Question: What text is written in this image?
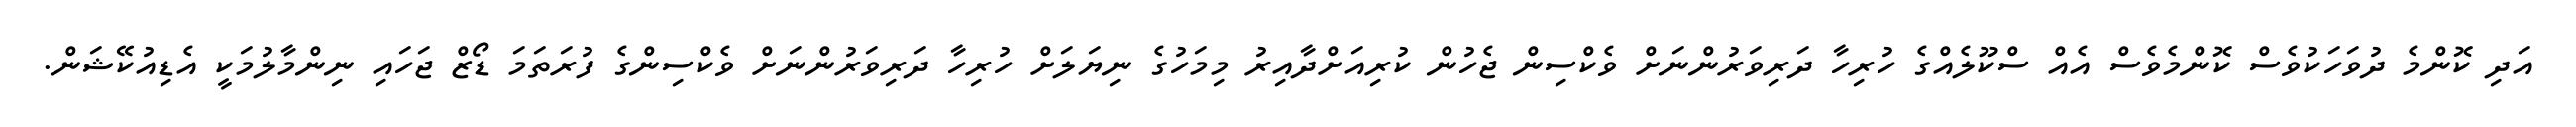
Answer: އަދި ކޮންމެ ދުވަހަކުވެސް ކޮންމެވެސް އެއް ސްކޫލެއްގެ ހުރިހާ ދަރިވަރުންނަށް ވެކްސިން ޖެހުން ކުރިއަށްދާއިރު މިމަހުގެ ނިޔަލަށް ހުރިހާ ދަރިވަރުންނަށް ވެކްސިންގެ ފުރަތަމަ ޑޯޒް ޖަހައި ނިންމާލުމަކީ އެޑިއުކޭޝަން.